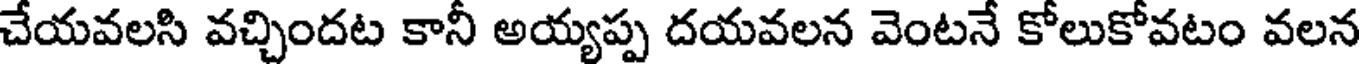
చేయవలసి వచ్చిందట కానీ అయ్యప్ప దయవలన వెంటనే కోలుకోవటం వలన